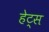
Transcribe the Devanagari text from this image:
हेट्स